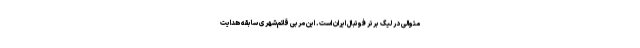
متوالی در لیگ برتر فوتبال ایران است. این مربی قائم‌شهری سابقه هدایت